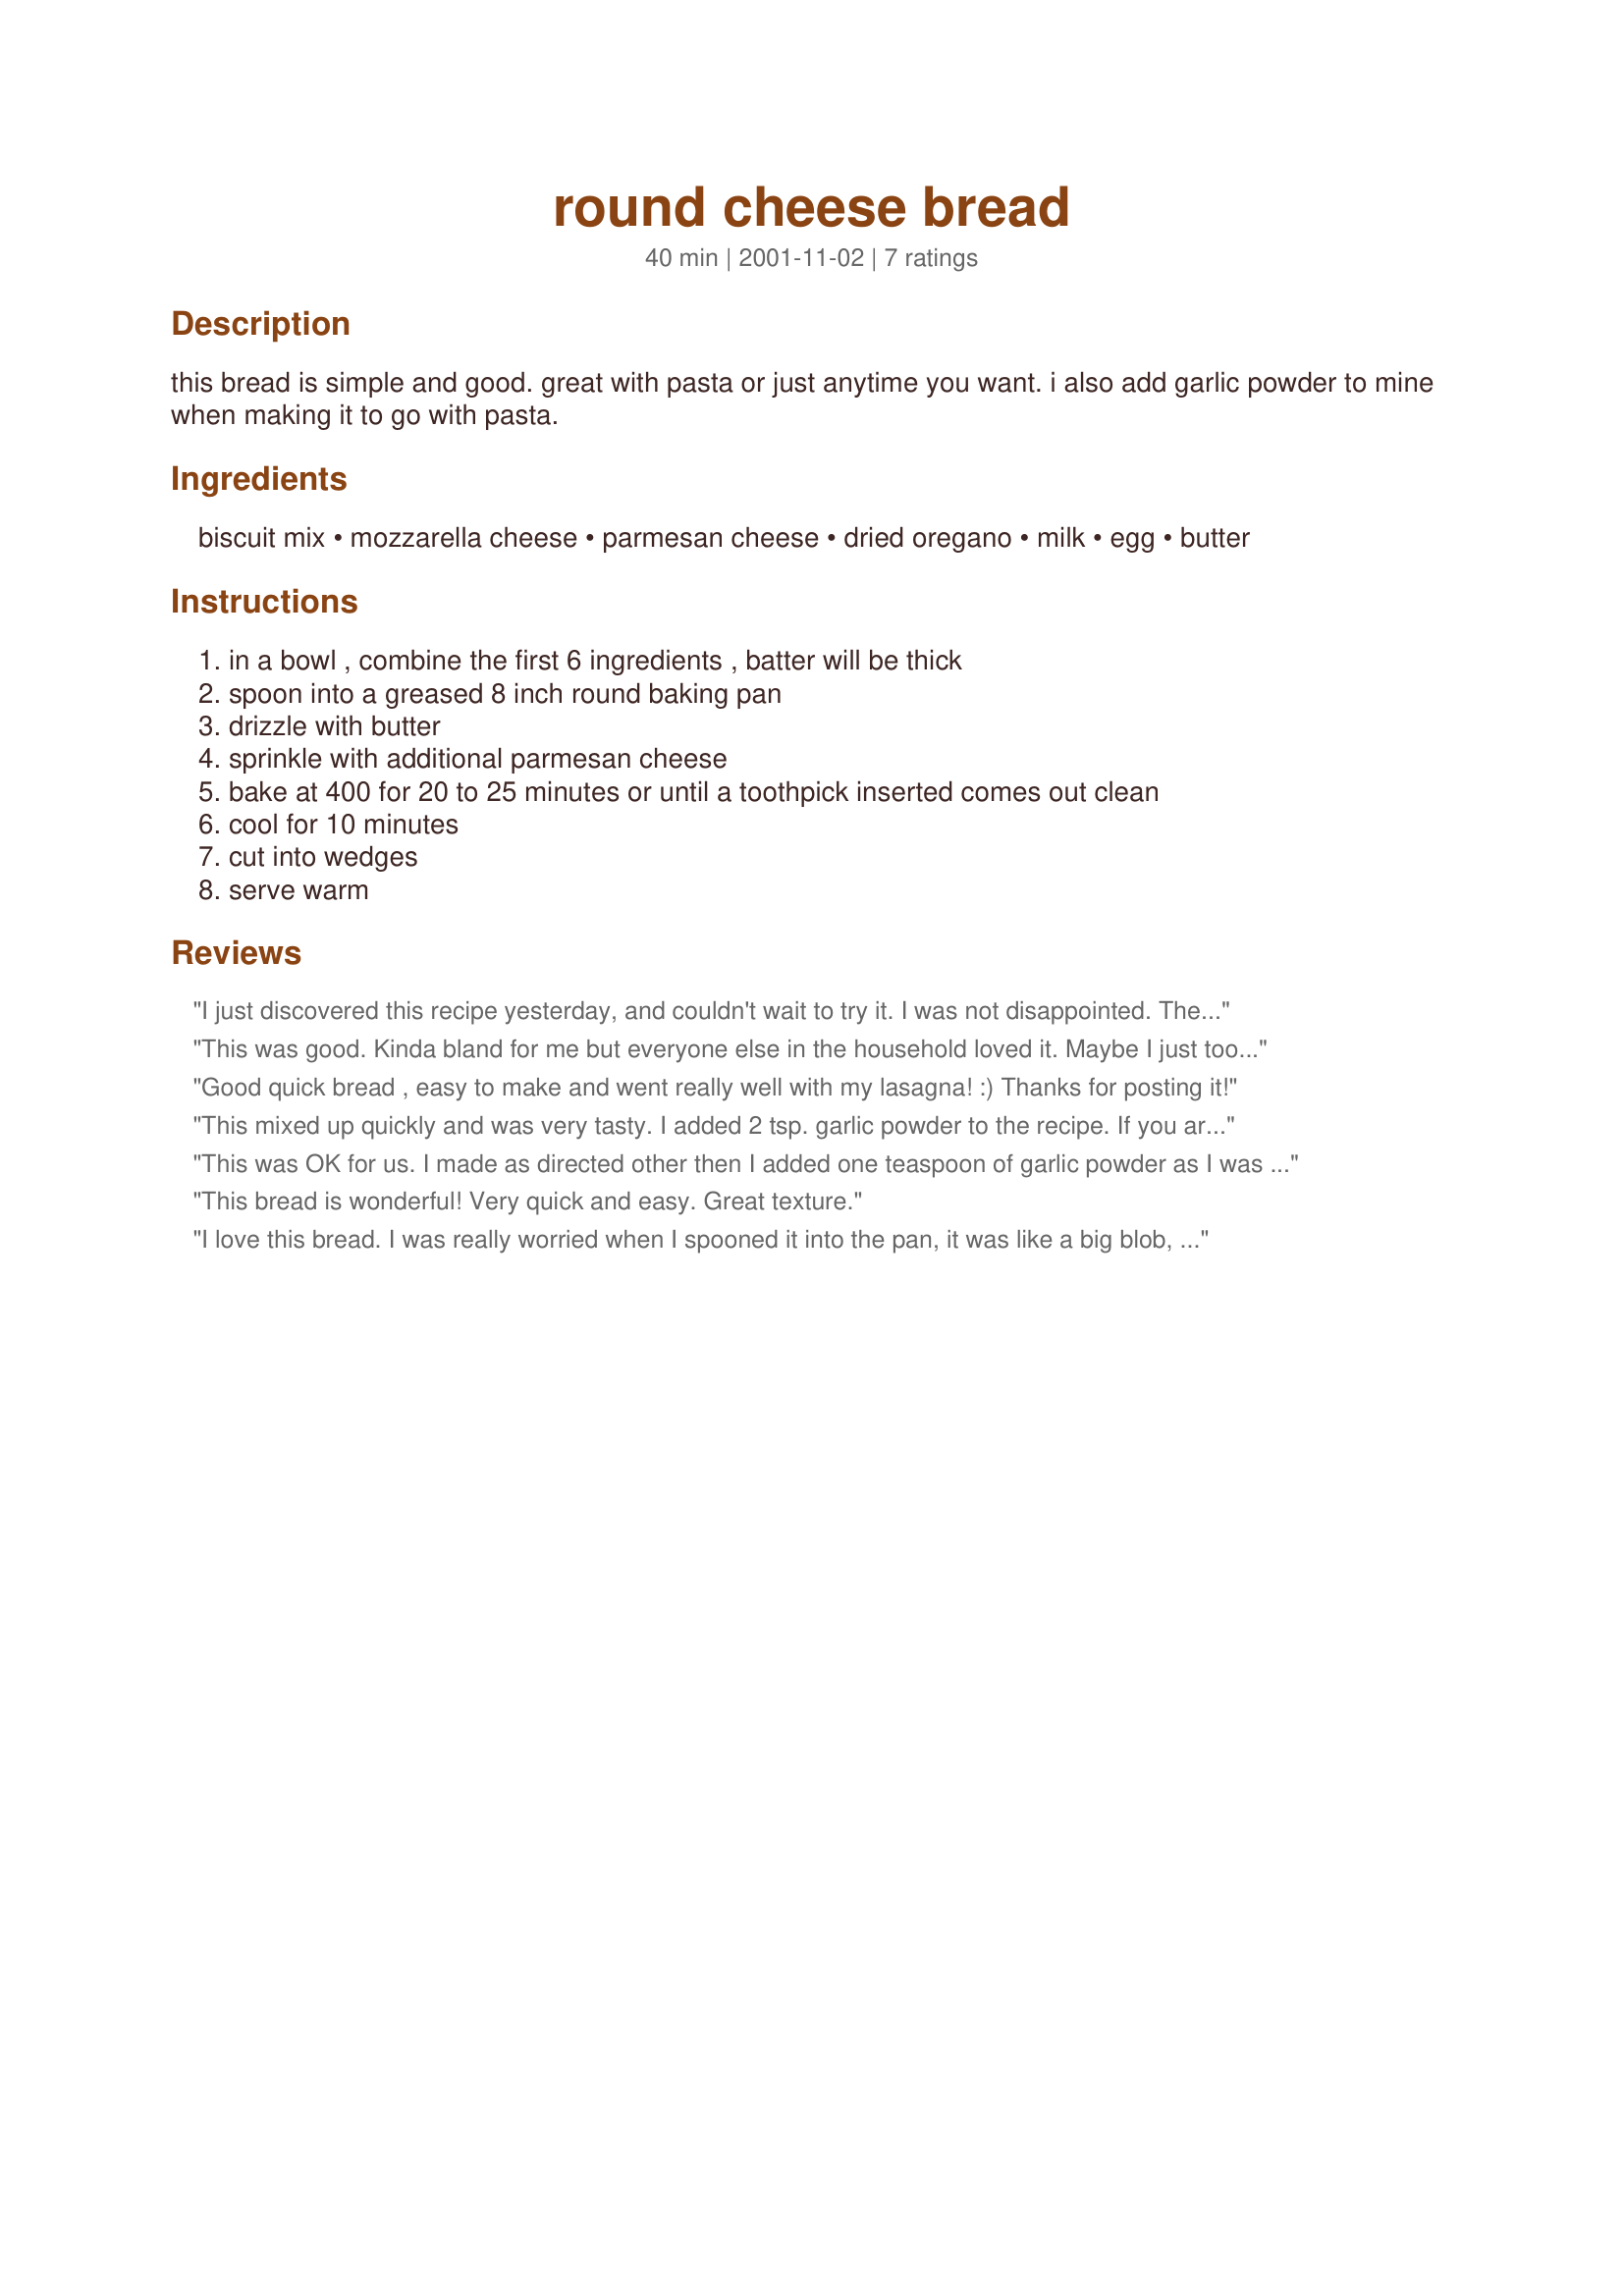
round cheese bread
Preparation time: 40 minutes

this bread is simple and good. great with pasta or just anytime you want. i also add garlic powder to mine when making it to go with pasta.

Ingredients:
biscuit mix, mozzarella cheese, parmesan cheese, dried oregano, milk, egg, butter

Steps:
in a bowl , combine the first 6 ingredients , batter will be thick, spoon into a greased 8 inch round baking pan, drizzle with butter, sprinkle with additional parmesan cheese, bake at 400 for 20 to 25 minutes or until a toothpick inserted comes out clean, cool for 10 minutes, cut into wedges, serve warm

Reviews:
I just discovered this recipe yesterday, and couldn't wait to try it. I was not disappointed. The bread was easy to prepare, smelled great while baking, and tasted wonderful fresh out of the oven. Next time, I think I'll try adding garlic, as suggested. Thanks for a great new side dish, Nicole !
This was good. Kinda bland for me but everyone else in the household loved it. Maybe I just took a bite of the wrong part..I didn't get much of a cheese taste. Will make again though, and maybe tweak it a bit for my liking.
Good quick bread , easy to make and went really well with my lasagna! :) Thanks for posting it!
This mixed up quickly and was very tasty. I added 2 tsp. garlic powder to the recipe. If you aren't used to using Bisquick, don't be surprised to find the bread has a light,slightly crumbly texture.
This was OK for us. I made as directed other then I added one teaspoon of garlic powder as I was afraid it would be bland. Mine only took 15 minutes to cook.I liked thsi but no one else liked the texture of the bread.
This bread is wonderful! Very quick and easy. Great texture.
I love this bread. I was really worried when I spooned it into the pan, it was like a big blob, but it turned out great. Good and crusty. Had this with rosted lemon chicken, mashed potatoes and giblet gravy on Sunday, since DH and I are starting our diet on Monday. Thanks for posting. Will make again, after loosing a few pounds.
